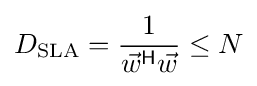
D_{\text{SLA}}={1 \over {\vec {w}}^{\textsf {H}}{\vec {w}}}\leq N